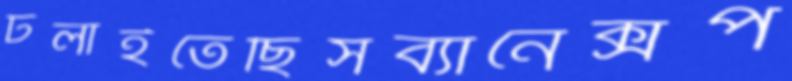
ঢলাইতেছিসব্যানেক্সপ